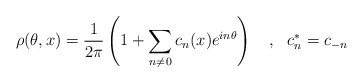
\begin{align*}\rho(\theta,x)=\frac{1}{2\pi}\left( 1+ \sum_{n\neq 0}c_n(x)e^{in\theta}\right)~~~,~~c_n^*=c_{-n}\end{align*}